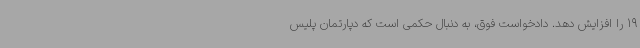
19 را افزایش دهد. دادخواست فوق، به دنبال حکمی است که دپارتمان پلیس